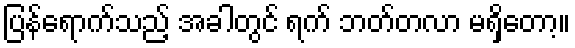
ပြန်ရောက်သည့် အခါတွင် ရက် ဘတ်တလာ မရှိတော့။